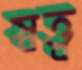
স্বত্ত্ব